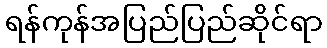
ရန်ကုန်အပြည်ပြည်ဆိုင်ရာ